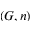
( G , n )